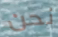
نحن